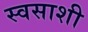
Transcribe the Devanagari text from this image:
स्वसाशी